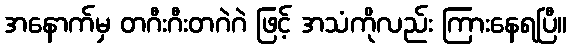
အနောက်မှ တဂီးဂီးတဂဲဂဲ ဖြင့် အသံကိုလည်း ကြားနေရပြီ။